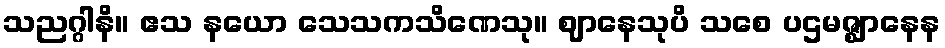
သညဂ္ဂါနိ။ ဧသ နယော သေသကသိဏေသု။ ဈာနေသုပိ သစေ ပဌမဇ္ဈာနေန